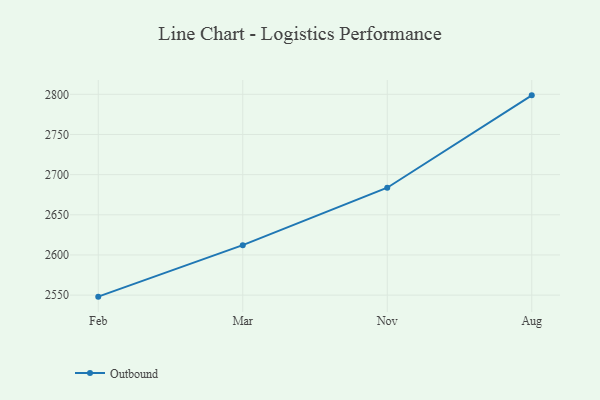
{"axis": {"x": "Month", "y": "Gross Profit (USD K)"}, "legend": ["Outbound"], "data": [{"x": "Feb", "y": 2548.1, "type": "Outbound"}, {"x": "Mar", "y": 2612.2, "type": "Outbound"}, {"x": "Nov", "y": 2683.7, "type": "Outbound"}, {"x": "Aug", "y": 2798.7, "type": "Outbound"}]}